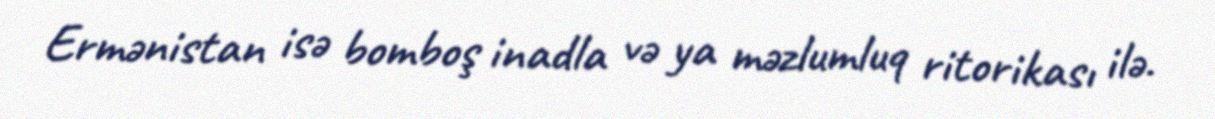
Ermənistan isə bomboş inadla və ya məzlumluq ritorikası ilə.